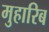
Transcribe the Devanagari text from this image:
मुहारिब